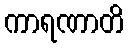
ကာရဏာတိ